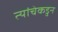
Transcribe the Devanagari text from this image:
त्यांचेकडुन